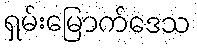
ရှမ်းမြောက်ဒေသ